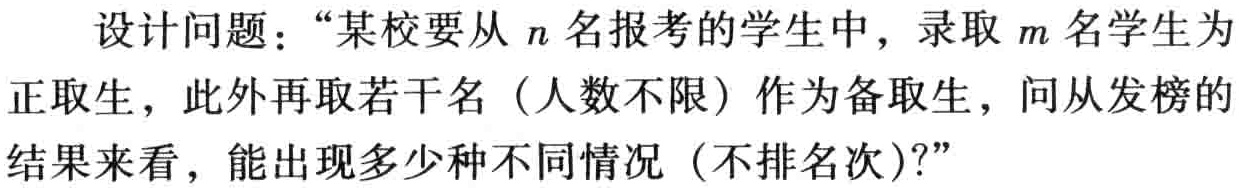
设计问题：“某校要从\(n\)名报考的学生中，录取\(m\)名学生为正取生，此外再取若干名（人数不限）作为备取生，问从发榜的结果来看，能出现多少种不同情况（不排名次）?”